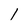
Character: 1